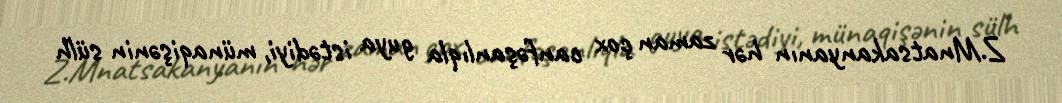
Z.Mnatsakanyanın hər zaman çox canfəşanlıqla guya istədiyi, münaqişənin sülh